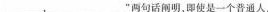
___”___两句话阐明，即使是一个普通人，